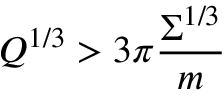
Q ^ { 1 / 3 } > 3 \pi \frac { \Sigma ^ { 1 / 3 } } m